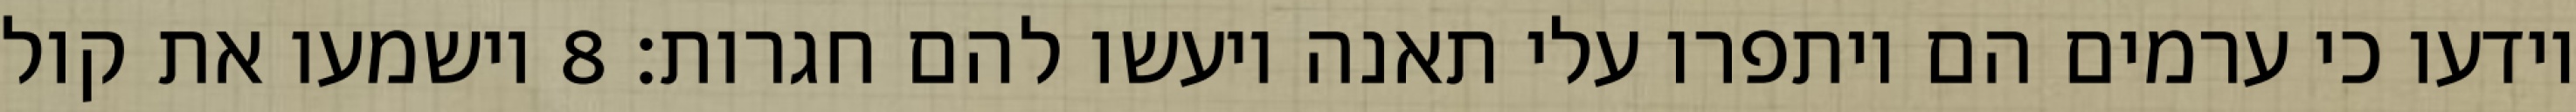
וידעו כי ערמים הם ויתפרו עלי תאנה ויעשו להם חגרות׃ ‎8‏ וישמעו את קול